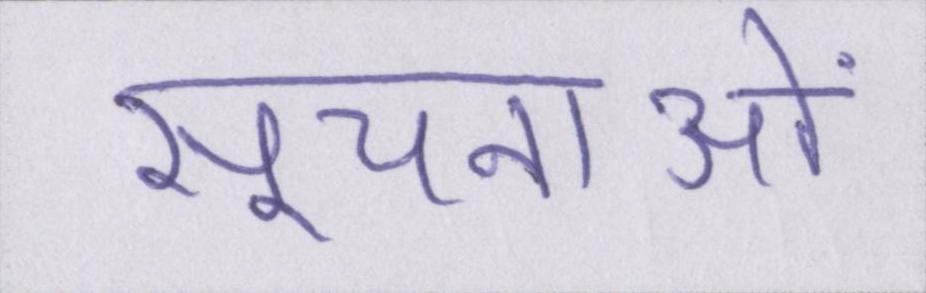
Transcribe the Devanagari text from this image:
सूचनाओं